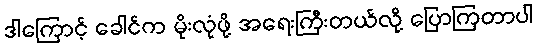
ဒါကြောင့် ခေါင်က မိုးလုံဖို့ အရေးကြီးတယ်လို့ ပြောကြတာပါ